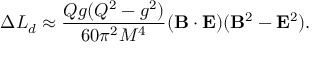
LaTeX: \Delta L _ { d } \approx \frac { Q g ( Q ^ { 2 } - g ^ { 2 } ) } { 6 0 \pi ^ { 2 } M ^ { 4 } } ( { \bf B } \cdot { \bf E } ) ( { \bf B } ^ { 2 } - { \bf E } ^ { 2 } ) .